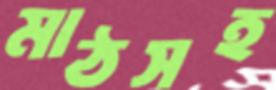
মাঠসহ